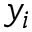
y _ { i }